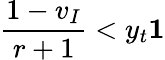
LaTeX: \frac{1-v_{I}}{r+1}<y_{t}\le 1